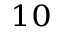
_ { 1 0 }